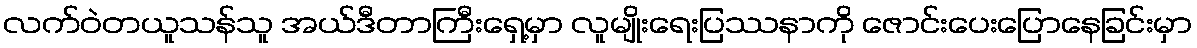
လက်ဝဲတယူသန်သူ အယ်ဒီတာကြီးရှေ့မှာ လူမျိုးရေးပြဿနာကို ဇောင်းပေးပြောနေခြင်းမှာ